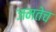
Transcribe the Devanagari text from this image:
जमतेच